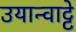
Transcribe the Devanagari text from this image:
उयान्वाट्टे